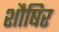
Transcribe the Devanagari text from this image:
शौषिर